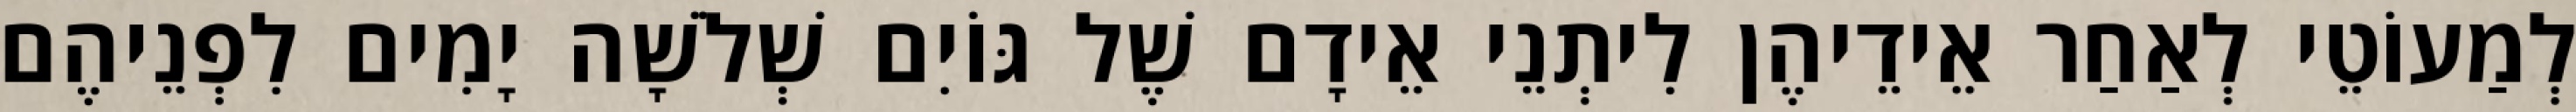
לְמַעוֹטֵי לְאַחַר אֵידֵיהֶן לִיתְנֵי אֵידָם שֶׁל גּוֹיִם שְׁלֹשָׁה יָמִים לִפְנֵיהֶם